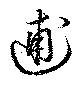
逋